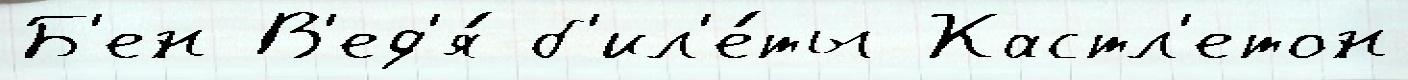
Б'ен В'ед'я́ б'ил'е́ты Кастл'етон